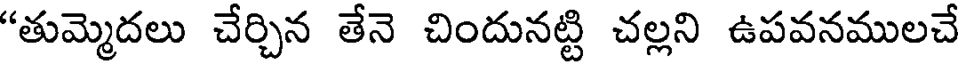
"తుమ్మెదలు చేర్చిన తేనె చిందునట్టి చల్లని ఉపవనములచే